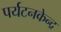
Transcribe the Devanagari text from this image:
पर्यटनकेन्द्र